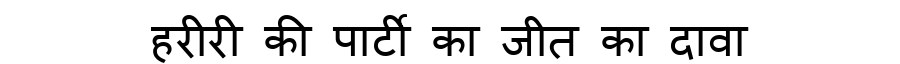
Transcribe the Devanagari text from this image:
हरीरी की पार्टी का जीत का दावा